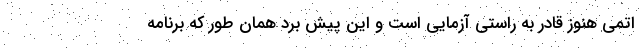
اتمی هنوز قادر به راستی آزمایی است و این پیش برد همان طور که برنامه